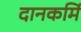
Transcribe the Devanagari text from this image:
दानकर्मि